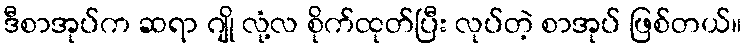
ဒီစာအုပ်က ဆရာ ဂျို လုံ့လ စိုက်ထုတ်ပြီး လုပ်တဲ့ စာအုပ် ဖြစ်တယ်။